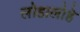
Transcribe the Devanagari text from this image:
लोहालोहे